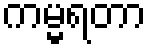
ကမ္မရတာ